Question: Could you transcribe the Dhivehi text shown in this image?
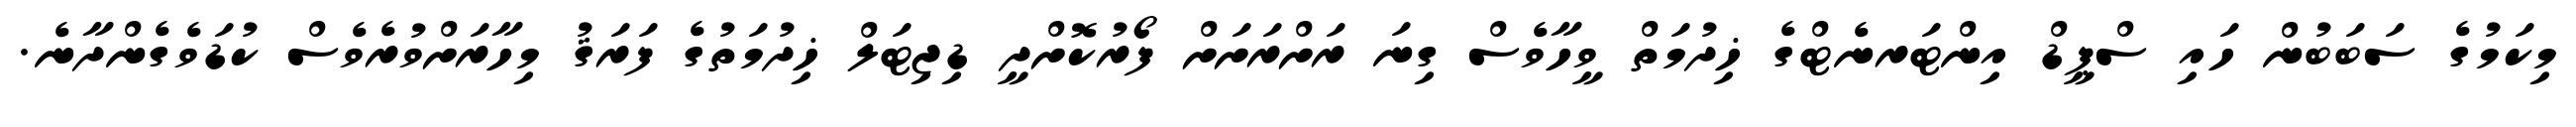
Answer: މިކަމުގެ ސަބަބުން ހައި ސްޕީޑް އިންޓަރނެޓްގެ ޚިދުމަތް ވީހާވެސް ގިނަ ރަށްރަށަށް ފޯރުކޮށްދީ ޑިޖިޓަލް ޚިދުމަތުގެ ފަރަޤު މިހާރަށްވުރެވެސް ކުޑަވެގެންދާނެ.